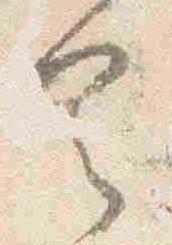
具